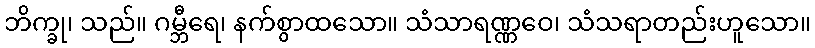
ဘိက္ခု၊ သည်။ ဂမ္ဘီရေ၊ နက်စွာထသော။ သံသာရဏ္ဏဝေ၊ သံသရာတည်းဟူသော။